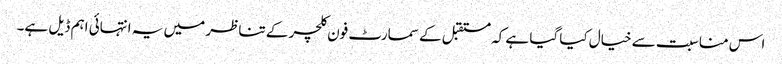
اس مناسبت سے خیال کیا گیا ہے کہ مستقبل کے سمارٹ فون کلچر کے تناظر میں یہ انتہائی اہم ڈیل ہے۔